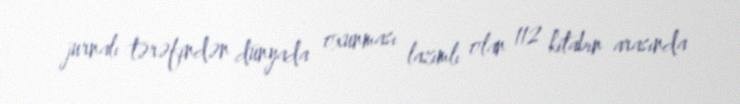
jurnalı tərəfindən dünyada oxunması lazımlı olan 112 kitabın arasında